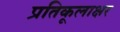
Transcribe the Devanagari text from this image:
प्रतिकूलाक्षर